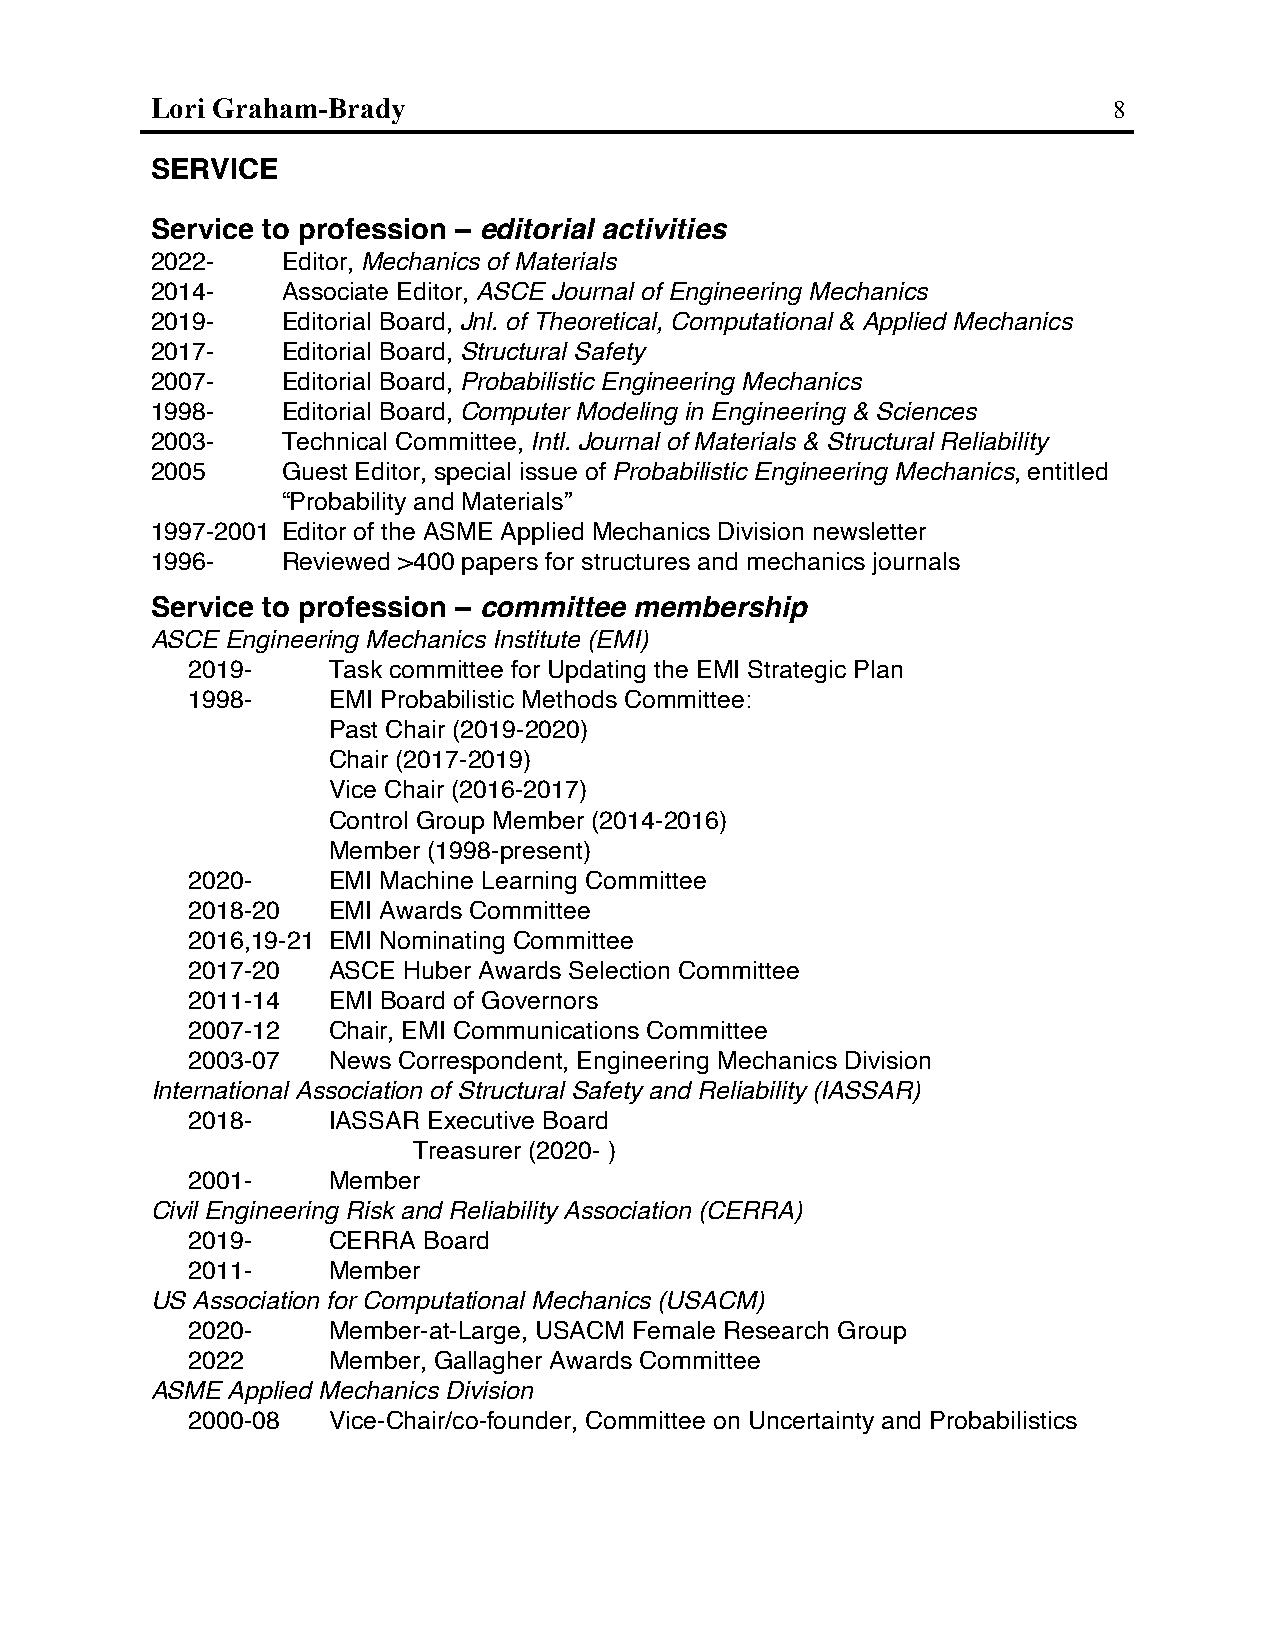
Lori Graham-Brady                                               8
 SERVICE
 Service to profession – editorial activities
 2022-    Editor, Mechanics of Materials
 2014-    Associate Editor, ASCE Journal of Engineering Mechanics
 2019-    Editorial Board, Jnl. of Theoretical, Computational & Applied Mechanics
 2017-    Editorial Board, Structural Safety
 2007-    Editorial Board, Probabilistic Engineering Mechanics
 1998-    Editorial Board, Computer Modeling in Engineering & Sciences
 2003-    Technical Committee, Intl. Journal of Materials & Structural Reliability
 2005     Guest Editor, special issue of Probabilistic Engineering Mechanics, entitled
 “Probability and Materials”
 1997-2001 Editor of the ASME Applied Mechanics Division newsletter
 1996-    Reviewed >400 papers for structures and mechanics journals
 Service to profession – committee membership
 ASCE Engineering Mechanics Institute (EMI)
 2019-     Task committee for Updating the EMI Strategic Plan
 1998-     EMI Probabilistic Methods Committee:
 Past Chair (2019-2020)
 Chair (2017-2019)
 Vice Chair (2016-2017)
 Control Group Member (2014-2016)
 Member (1998-present)
 2020-     EMI Machine Learning Committee
 2018-20   EMI Awards Committee
 2016,19-21 EMI Nominating Committee
 2017-20   ASCE Huber Awards Selection Committee
 2011-14   EMI Board of Governors
 2007-12   Chair, EMI Communications Committee
 2003-07   News Correspondent, Engineering Mechanics Division
 International Association of Structural Safety and Reliability (IASSAR)
 2018-     IASSAR Executive Board
 Treasurer (2020- )
 2001-     Member
 Civil Engineering Risk and Reliability Association (CERRA)
 2019-     CERRA Board
 2011-     Member
 US Association for Computational Mechanics (USACM)
 2020-     Member-at-Large, USACM Female Research Group
 2022      Member, Gallagher Awards Committee
 ASME Applied Mechanics Division
 2000-08   Vice-Chair/co-founder, Committee on Uncertainty and Probabilistics